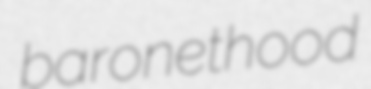
baronethood